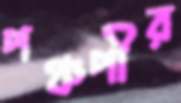
পঞ্চপীর